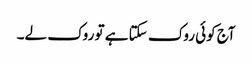
آج کوئی روک سکتا ہے تو روک لے۔